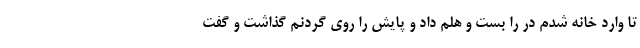
تا وارد خانه شدم در را بست و هلم داد و پایش را روی گردنم گذاشت و گفت